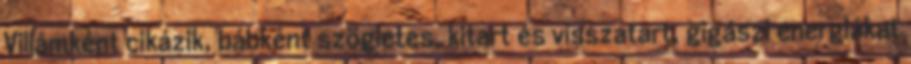
Villámként cikázik, bábként szögletes, kitart és visszatart, gigászi energiákat